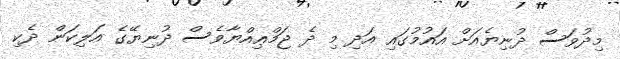
މިދުވަސް ދުނިޔެއަށް އައުމުގައި އަދި މި ދެ ޖަމްޢިއްޔާވެސް ދުނިޔޭގެ އަލިކަން ދެކި